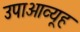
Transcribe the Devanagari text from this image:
उपाआव्यूह